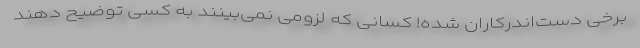
برخی دست‌اندرکاران شده! کسانی که لزومی نمی‌بینند به کسی توضیح دهند